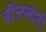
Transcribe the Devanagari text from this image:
बीजलानी